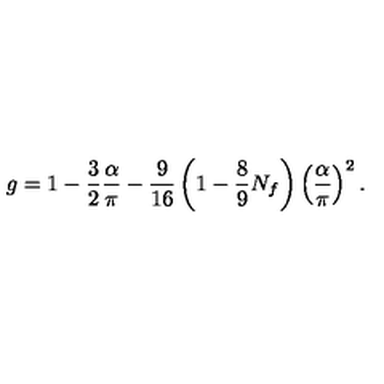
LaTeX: g = 1 - { \frac { 3 } { 2 } } { \frac { \alpha } { \pi } } - { \frac { 9 } { 1 6 } } \left( 1 - { \frac { 8 } { 9 } } N _ { f } \right) \left( { \frac { \alpha } { \pi } } \right) ^ { 2 } .